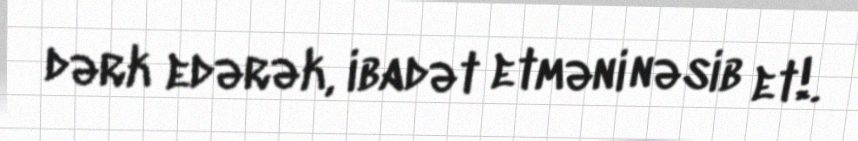
dərk edərək, ibadət etməni nəsib et!.